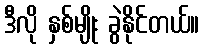
ဒီလို နှစ်မျိုး ခွဲနိုင်တယ်။